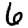
Digit: 6